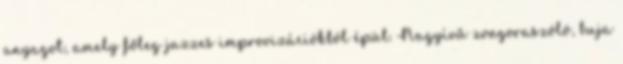
anyagot, amely főleg jazzes improvizációkból épül. Nagyívű zongoraszóló, buja